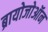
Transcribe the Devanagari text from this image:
ब्रायोजोऑन